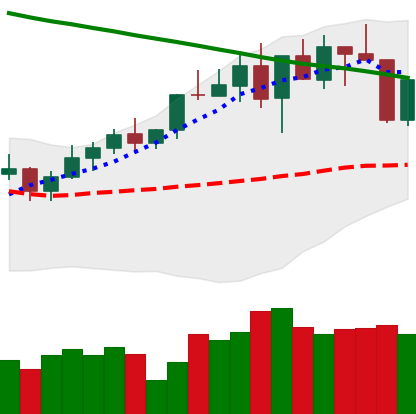
Ticker: BNB-USD
Chart end date: 2022-04-07
Forward return: -5.248%
Label: down_5_7